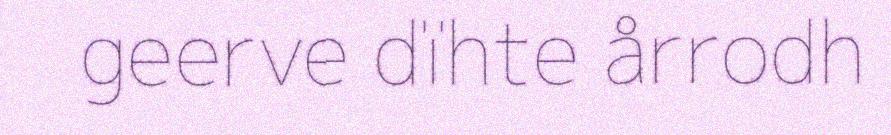
geerve dïhte årrodh